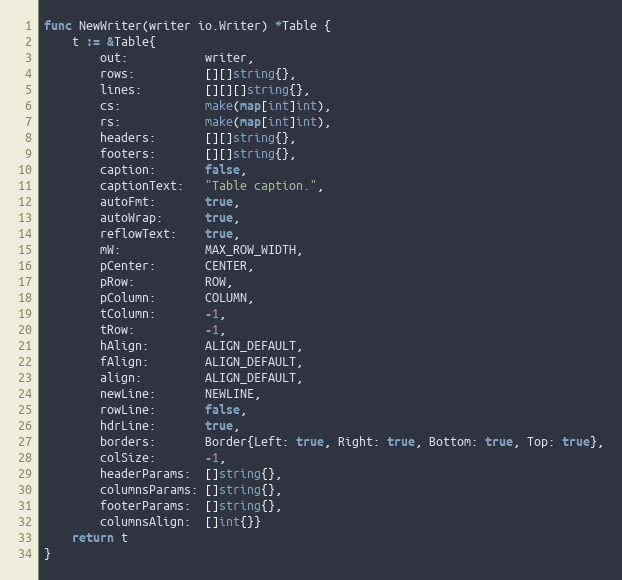
Language: Go
func NewWriter(writer io.Writer) *Table {
	t := &Table{
		out:           writer,
		rows:          [][]string{},
		lines:         [][][]string{},
		cs:            make(map[int]int),
		rs:            make(map[int]int),
		headers:       [][]string{},
		footers:       [][]string{},
		caption:       false,
		captionText:   "Table caption.",
		autoFmt:       true,
		autoWrap:      true,
		reflowText:    true,
		mW:            MAX_ROW_WIDTH,
		pCenter:       CENTER,
		pRow:          ROW,
		pColumn:       COLUMN,
		tColumn:       -1,
		tRow:          -1,
		hAlign:        ALIGN_DEFAULT,
		fAlign:        ALIGN_DEFAULT,
		align:         ALIGN_DEFAULT,
		newLine:       NEWLINE,
		rowLine:       false,
		hdrLine:       true,
		borders:       Border{Left: true, Right: true, Bottom: true, Top: true},
		colSize:       -1,
		headerParams:  []string{},
		columnsParams: []string{},
		footerParams:  []string{},
		columnsAlign:  []int{}}
	return t
}